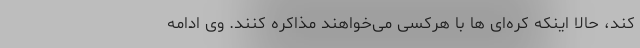
کند، حالا اینکه کره‌ای ها با هرکسی می‌خواهند مذاکره کنند. وی ادامه